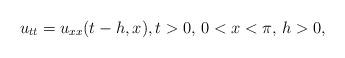
LaTeX: \begin{align*}{u_{tt}} = {u_{xx}}(t - h,x), t>0, \, 0 < x < \pi, \, h>0,\end{align*}